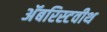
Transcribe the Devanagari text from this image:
अॅबरिस्टवीथ